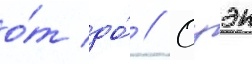
о́т до́ // Оуэн